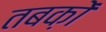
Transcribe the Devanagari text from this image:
तबक़ों